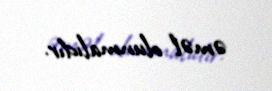
əməl olunmalıdır.